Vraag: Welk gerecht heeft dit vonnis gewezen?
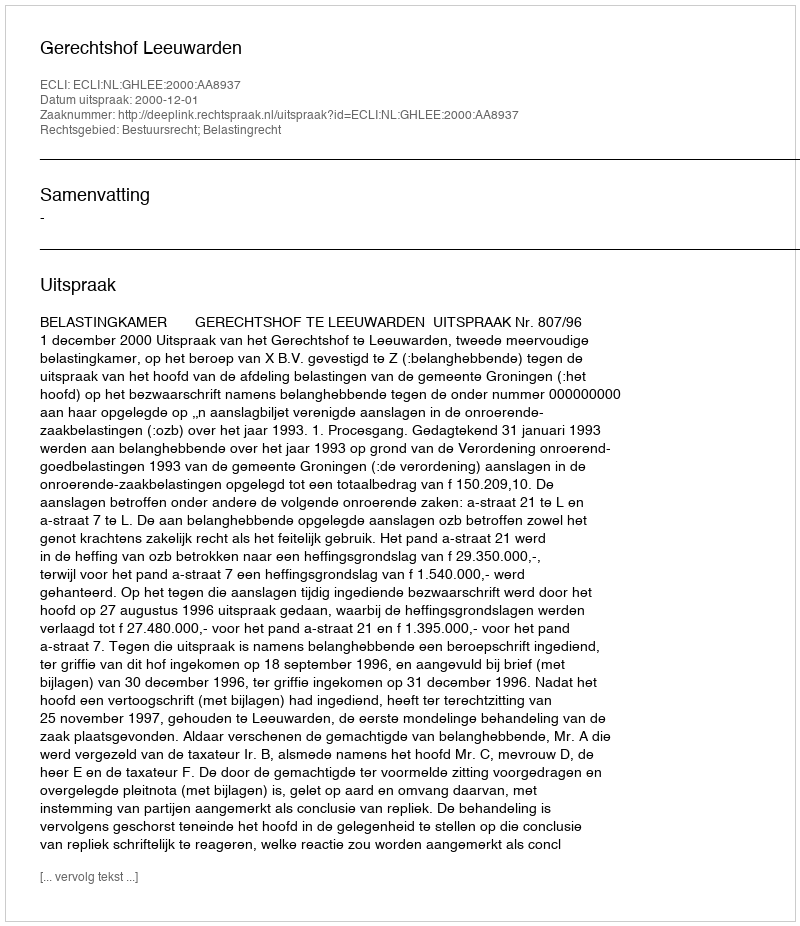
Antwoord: Gerechtshof Leeuwarden